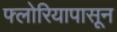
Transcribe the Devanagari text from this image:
फ्लोरियापासून